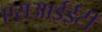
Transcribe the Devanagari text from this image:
एसआईईटी